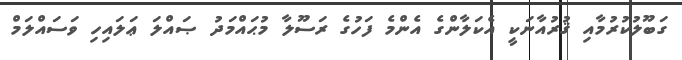
ގަބޫލުކުރުމާއި ޤުރުއާނަކީ އެކަލާންގެ އެންމެ ފަހުގެ ރަސޫލާ މުޙައްމަދު ޞައްލަ ޢަލައިހި ވަސައްލަމް